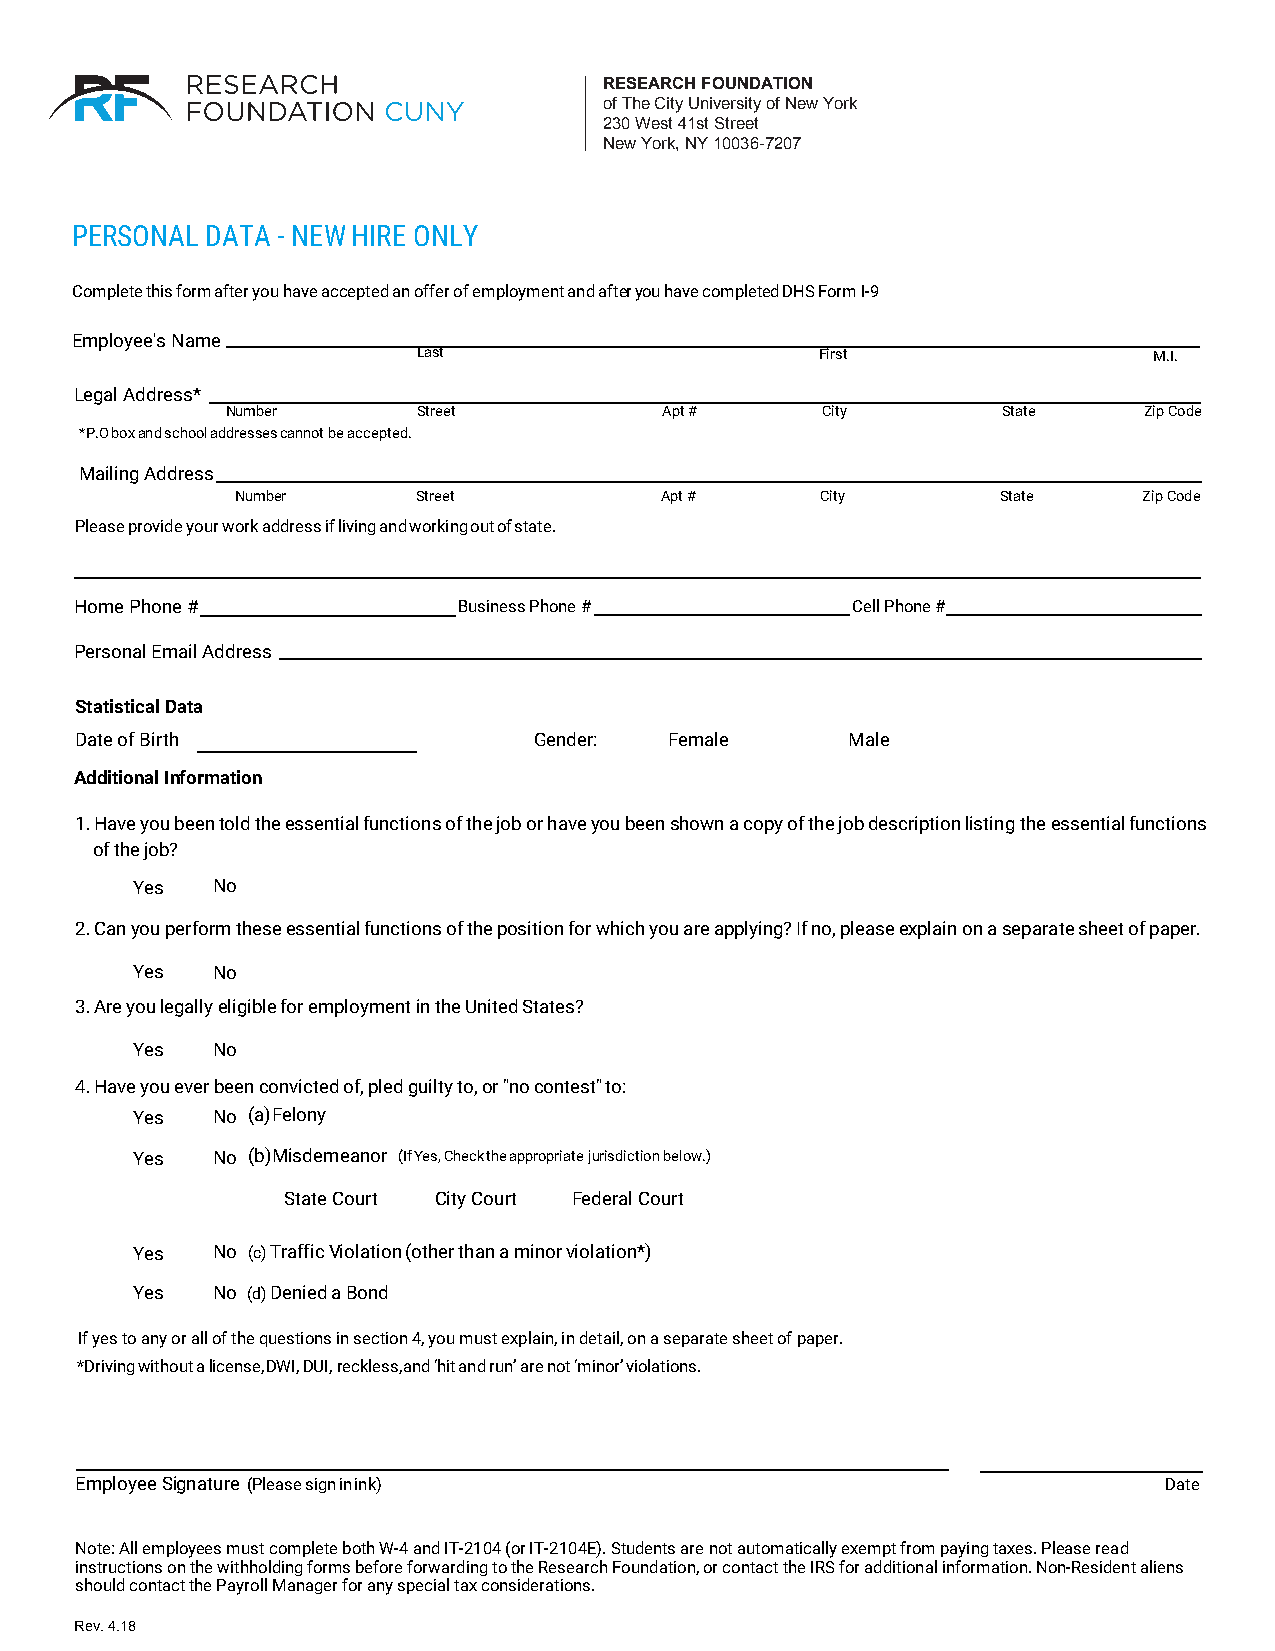
RESEARCH FOUNDATION
 of The City University of New York
 230 West 41st Street
 New York, NY 10036-7207
 PERSONAL DATA - NEW HIRE ONLY
 Complete this form after you have accepted an offer of employment and after you have completed DHS Form I-9
 Employee's Name
 Last                      First                 M.I.
 Legal Address*
 Number       Street          Apt #     City        State     Zip Code
 *P.O box and school addresses cannot be accepted.
 Mailing Address
 Number      Street          Apt #     City        State     Zip Code
 Please provide your work address if living and working out of state.
 Home Phone #             Business Phone #          Cell Phone #
 Personal Email Address
 Statistical Data
 Date of Birth                 Gender:  Female      Male
 Additional Information
 1.Have you been told the essential functions of the job or have you been shown a copy of the job description listing the essential functions
 of the job?
 Yes  No
 2.Can you perform these essential functions of the position for which you are applying? If no, please explain on a separate sheet of paper.
 Yes  No
 3.Are you legally eligible for employment in the United States?
 Yes  No
 4.Have you ever been convicted of, pled guilty to, or "no contest" to:
 Ye s N o (a) Felony
 Yes  No (b)Misdemeanor (If Yes, Check the appropriate jurisdiction below.)
 State Court City Court Federal Court
 Yes  No (c)Traffic Violation (other than a minor violation*)
 Yes  No (d)Denied a Bond
 If yes to any or all of the questions in section 4, you must explain, in detail, on a separate sheet of paper.
 *Driving without a license, DWI, DUI, reckless, and ‘hit and run’ are not ‘minor’ violations.
 Employee Signature (Please sign in ink)                                 Date
 Note: All employees must complete both W-4 and IT-2104 (or IT-2104E). Students are not automatically exempt from paying taxes. Please read
 instructions on the withholding forms before forwarding to the Research Foundation, or contact the IRS for additional information. Non-Resident aliens
 should contact the Payroll Manager for any special tax considerations.
 Rev. 4.18